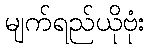
မျက်ရည်ယိုဗုံး